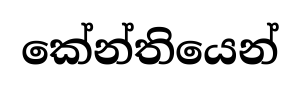
කේන්තියෙන්